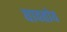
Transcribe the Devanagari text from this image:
घावतोय